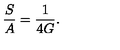
\frac { S } { A } = \frac { 1 } { 4 G } .